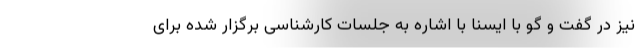
نیز در گفت و گو با ایسنا با اشاره به جلسات کارشناسی برگزار شده برای